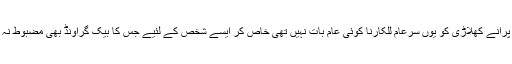
ایک بڑےگدی نشین اور سیاست کے پرانے کھلاڑی کو یوں سرِعام للکارنا کوئی عام بات نہیں تھی خاص کر ایسے شخص کے لئیے جس کا بیک گراونڈ بھی مضبوط نہ ہو جو پہلی بار اسمبلی کا رکن بنا ہو۔